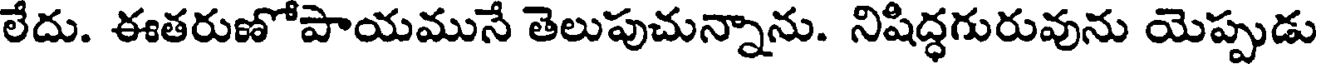
లేదు. ఈతరుణోపాయమునే తెలుపుచున్నాను. నిషిద్ధగురువును యెప్పుడు